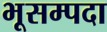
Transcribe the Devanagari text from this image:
भूसम्पदा